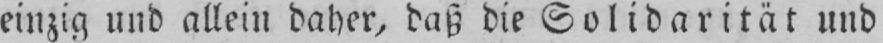
einzig und allein daher, daß die Solidarität und